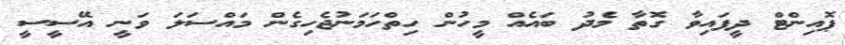
ޕޮއިންޓް ދީފައިވާ ގޮތާ މެދު ބައެއް މީހުން ހިތްހަމަނުޖެހިގެން މައްސަލަ ވަނީ އޭސީސީ